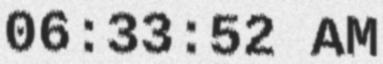
06:33:52 AM